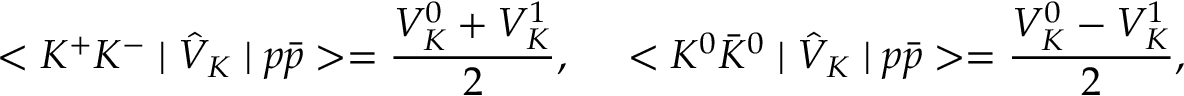
< K ^ { + } K ^ { - } \mid \hat { V } _ { K } \mid p \bar { p } > = { \frac { V _ { K } ^ { 0 } + V _ { K } ^ { 1 } } { 2 } } , ~ ~ ~ ~ < K ^ { 0 } \bar { K } ^ { 0 } \mid \hat { V } _ { K } \mid p \bar { p } > = { \frac { V _ { K } ^ { 0 } - V _ { K } ^ { 1 } } { 2 } } ,